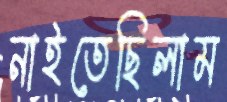
নাইতেছিলাম